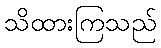
သိထားကြသည်